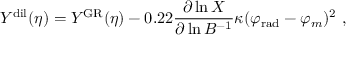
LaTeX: Y ^ { \mathrm { d i l } } ( \eta ) = Y ^ { \mathrm { G R } } ( \eta ) - 0 . 2 2 { \frac { \partial \ln X } { \partial \ln B ^ { - 1 } } } \kappa ( \varphi _ { \mathrm { r a d } } - \varphi _ { m } ) ^ { 2 } \ ,